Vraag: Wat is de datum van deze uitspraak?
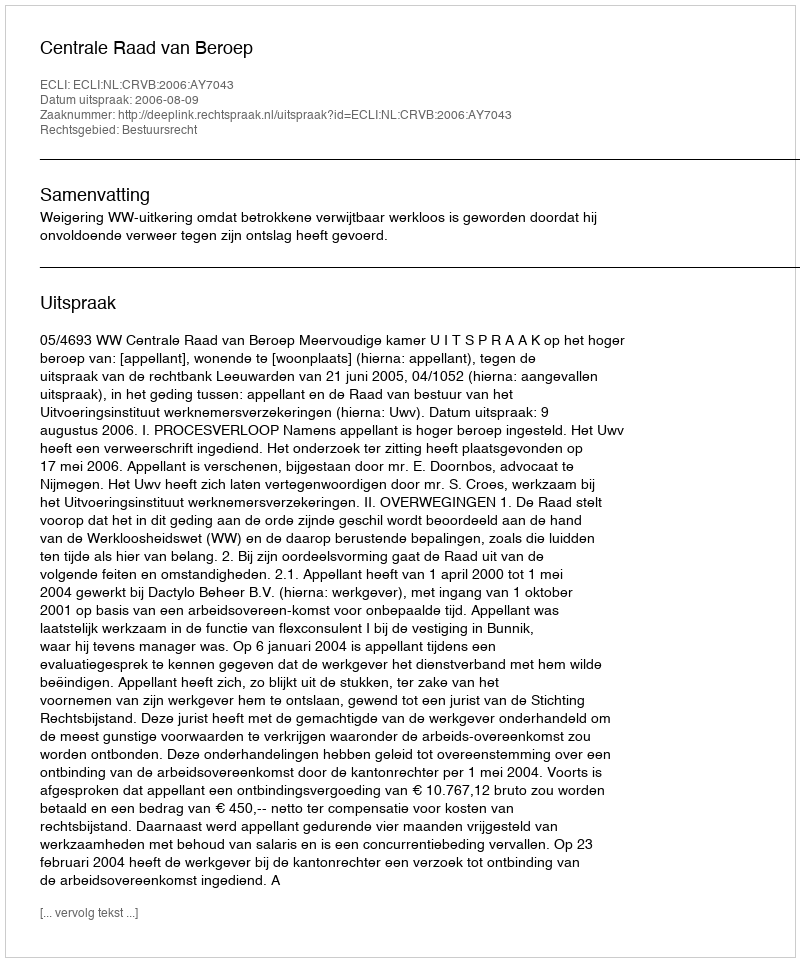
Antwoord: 2006-08-09